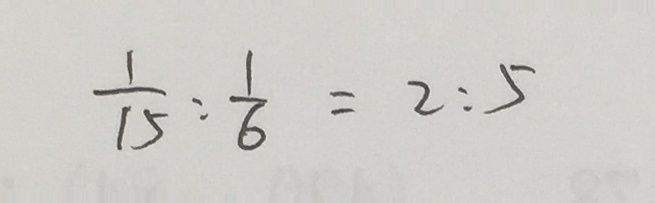
\frac { 1 } { 1 5 } : \frac { 1 } { 6 } = 2 : 5